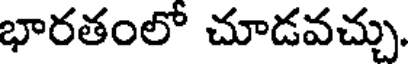
భారతంలో చూడవచ్చు.